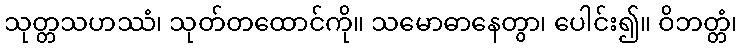
သုတ္တသဟဿံ၊ သုတ်တထောင်ကို။ သမောဓာနေတွာ၊ ပေါင်း၍။ ဝိဘတ္တံ၊